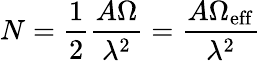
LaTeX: N=\frac{1}{2}\frac{A\Omega}{\lambda^{2}}=\frac{A\Omega_{\mathrm{eff}}}{\lambda^{2}}